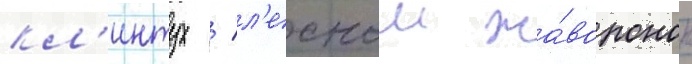
кл'интух / л'еснои жа́воронок